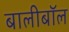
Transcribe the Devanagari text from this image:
बालीबॉल